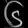
Digit: ၆